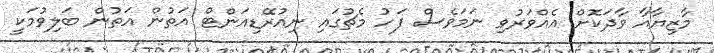
މާޒިޔާއާ ވާދަކޮށް އެއްވަރުވި ނަމަވެސް ފަހު މެޗުގައި ނިއުރޭޑިއަންޓް އަތުން އަތުން ބަލިވުމަކީ